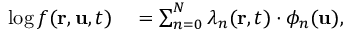
\begin{array} { r l } { \log f ( \mathbf { r } , \mathbf { u } , t ) } & { { } = \sum _ { n = 0 } ^ { N } \lambda _ { n } ( \mathbf { r } , t ) \cdot \phi _ { n } ( \mathbf { u } ) , } \end{array}